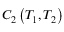
C _ { 2 } \left( T _ { 1 } , T _ { 2 } \right)